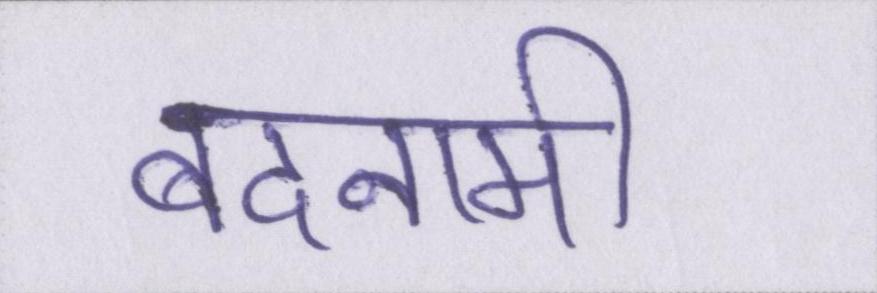
बदनामी